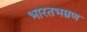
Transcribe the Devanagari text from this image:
भारतभम्रण